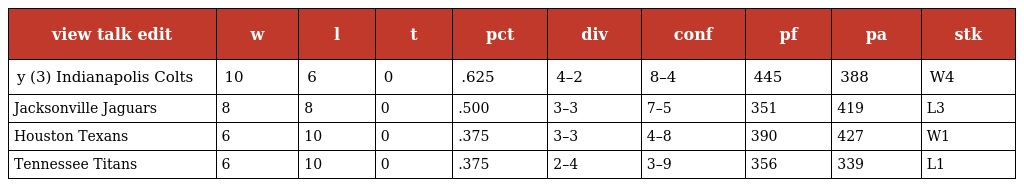
| view talk edit | w | l | t | pct | div | conf | pf | pa | stk |
 | --- | --- | --- | --- | --- | --- | --- | --- | --- | --- |
 | y (3) Indianapolis Colts | 10 | 6 | 0 | .625 | 4–2 | 8–4 | 445 | 388 | W4 |
 | Jacksonville Jaguars | 8 | 8 | 0 | .500 | 3–3 | 7–5 | 351 | 419 | L3 |
 | Houston Texans | 6 | 10 | 0 | .375 | 3–3 | 4–8 | 390 | 427 | W1 |
 | Tennessee Titans | 6 | 10 | 0 | .375 | 2–4 | 3–9 | 356 | 339 | L1 |